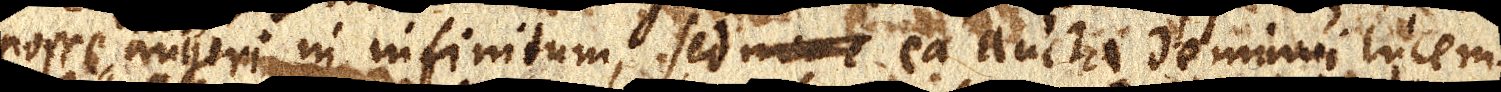
posse augeri in infinitum, sed ea aucta deminui lucem.